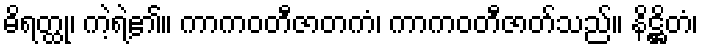
ဓိရတ္ထု၊ ကဲ့ရဲ့၏။ ကာကဝတီဇာတကံ၊ ကာကဝတီဇာတ်သည်။ နိဋ္ဌိတံ၊